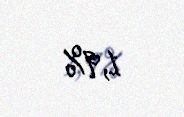
1,9%